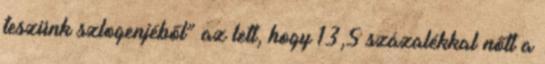
teszünk szlogenjéből” az lett, hogy 13,5 százalékkal nőtt a